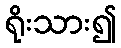
ရိုးသား၍